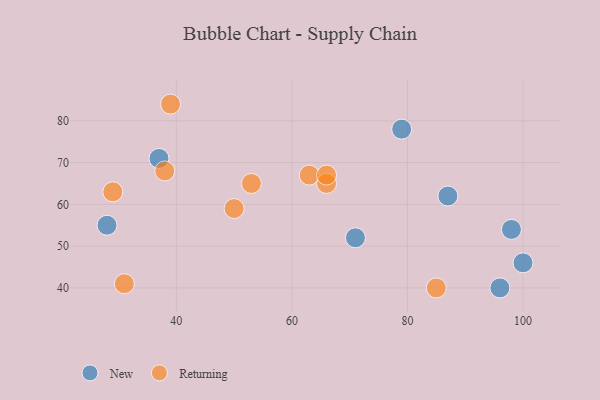
{"axis": {"x": "GDP", "y": "Life Expectancy"}, "legend": ["New", "Returning"], "data": [{"x": "100", "y": 46, "type": "New"}, {"x": "87", "y": 62, "type": "New"}, {"x": "79", "y": 78, "type": "New"}, {"x": "28", "y": 55, "type": "New"}, {"x": "96", "y": 40, "type": "New"}, {"x": "98", "y": 54, "type": "New"}, {"x": "37", "y": 71, "type": "New"}, {"x": "71", "y": 52, "type": "New"}, {"x": "38", "y": 68, "type": "Returning"}, {"x": "63", "y": 67, "type": "Returning"}, {"x": "53", "y": 65, "type": "Returning"}, {"x": "66", "y": 65, "type": "Returning"}, {"x": "31", "y": 41, "type": "Returning"}, {"x": "66", "y": 67, "type": "Returning"}, {"x": "39", "y": 84, "type": "Returning"}, {"x": "50", "y": 59, "type": "Returning"}, {"x": "29", "y": 63, "type": "Returning"}, {"x": "85", "y": 40, "type": "Returning"}]}